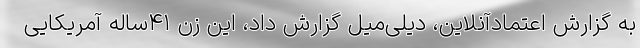
به گزارش اعتمادآنلاین، دیلی‌میل گزارش داد، این زن ۴۱ساله آمریکایی